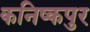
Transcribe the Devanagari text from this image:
कनिष्कपुर